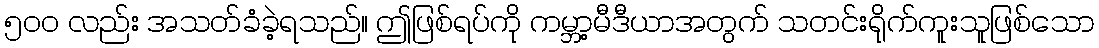
၅၀၀ လည်း အသတ်ခံခဲ့ရသည်။ ဤဖြစ်ရပ်ကို ကမ္ဘာ့မီဒီယာအတွက် သတင်းရိုက်ကူးသူဖြစ်သော